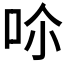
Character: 𠰒